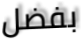
بفضل